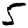
Digit: 5